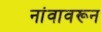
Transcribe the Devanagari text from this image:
नांवावरून